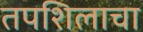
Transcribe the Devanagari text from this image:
तपशिलाचा